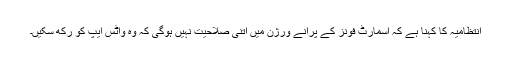
انتظامیہ کا کہنا ہے کہ اسمارٹ فونز کے پرانے ورژن میں اتنی صلاحیت نہیں ہوگی کہ وہ واٹس ایپ کو رکھ سکیں۔